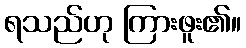
ရသည်ဟု ကြားဖူး၏။